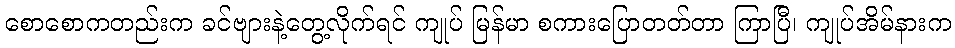
စောစောကတည်းက ခင်ဗျားနဲ့တွေ့လိုက်ရင် ကျုပ် မြန်မာ စကားပြောတတ်တာ ကြာပြီ၊ ကျုပ်အိမ်နားက